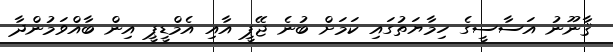
ޤާނޫނު އަސާސީގެ ހިމާޔަތުގައި ކަމަށް ބުނެ ޖޭޕީ އާއި އެމްޑީޕީ އިން ބާއްވަމުންދާ